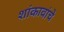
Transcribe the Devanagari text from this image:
शांकावांचे